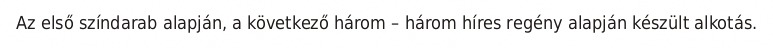
Az első színdarab alapján, a következő három – három híres regény alapján készült alkotás.